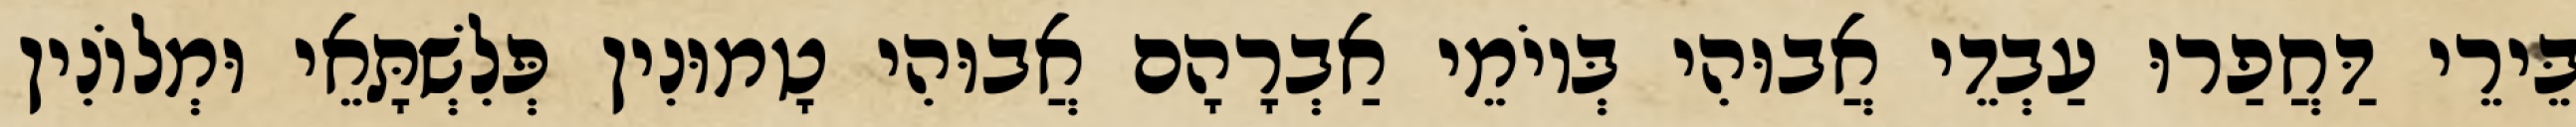
בֵּירֵי דַּחֲפַרוּ עַבְדֵי אֲבוּהִי בְּיוֹמֵי אַבְרָהָם אֲבוּהִי טָמוּנִין פְּלִשְׁתָּאֵי וּמְלוֹנִין